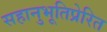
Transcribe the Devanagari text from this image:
सहानुभूतिप्रेरित